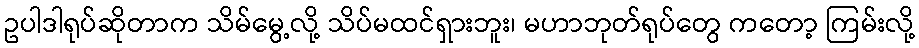
ဥပါဒါရုပ်ဆိုတာက သိမ်မွေ့လို့ သိပ်မထင်ရှားဘူး၊ မဟာဘုတ်ရုပ်တွေ ကတော့ ကြမ်းလို့